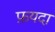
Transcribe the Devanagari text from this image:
फ़यदा